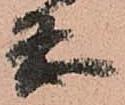
条